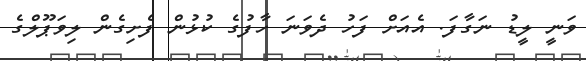
ވަނީ ލީޑު ނަގާފަ. އެއަށް ފަހު ދެވަނަ ހާފުގެ ކުޅުން ފެށިގެން ލިވަޕޫލްގެ